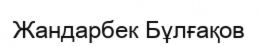
Жандарбек Бұлғақов